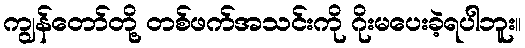
ကျွန်တော်တို့ တစ်ဖက်အသင်းကို ဂိုးမပေးခဲ့ရပါဘူး။